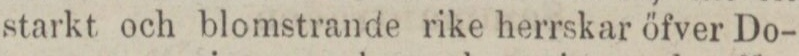
starkt och blomstrande rike herrskar öfver Do-